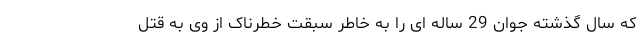
که سال گذشته جوان 29 ساله ای را به خاطر سبقت خطرناک از وی به قتل